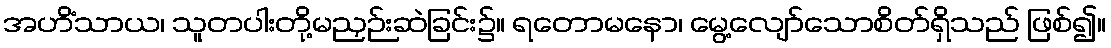
အဟိံသာယ၊ သူတပါးတို့မညှဉ်းဆဲခြင်း၌။ ရတောမနော၊ မွေ့လျော်သောစိတ်ရှိသည် ဖြစ်၍။